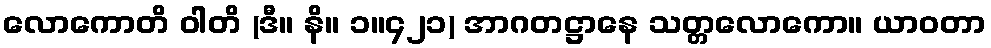
လောကောတိ ဝါတိ (ဒီ။ နိ။ ၁။၄၂၁) အာဂတဋ္ဌာနေ သတ္တလောကော။ ယာဝတာ